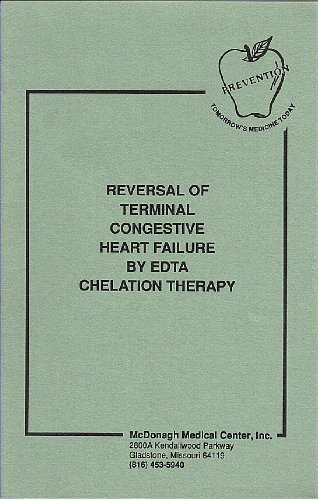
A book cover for Reversal of Terminal Congestive Heart Failure By EDTA Chelation Therapy; McDonagh Medical Center; Health, Fitness & Dieting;